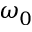
\omega _ { 0 }